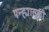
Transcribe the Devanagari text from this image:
पन्ह्यासाठी